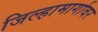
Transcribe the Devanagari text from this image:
जिल्हामार्गावर